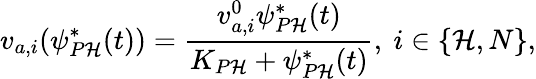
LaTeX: v_{a,i}(\psi_{P\mathcal{H}}^{*}(t))=\frac{{v_{a,i}^{0}\psi_{P\mathcal{H}}^{*}(t)}}{{K_{P\mathcal{H}}+\psi_{P\mathcal{H}}^{*}(t)}},\ i\in\{ \mathcal{H},N\} ,